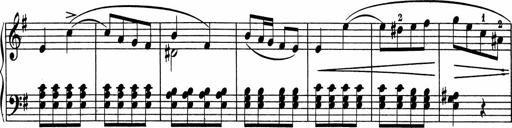
Title: 5 Sonatinen fÃ¼r die Jugend
Composer: Carl Reinecke